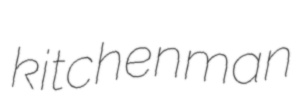
kitchenman